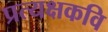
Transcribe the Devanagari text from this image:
प्रत्यक्षकवि